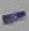
Text: -